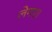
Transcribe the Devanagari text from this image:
लेगए।